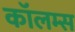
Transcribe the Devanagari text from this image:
कॉलम्स